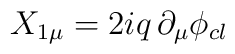
X_{1\mu }=2iq\,\partial _{\mu }\phi _{cl}\,